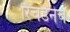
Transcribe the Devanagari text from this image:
रिचर्डनेच